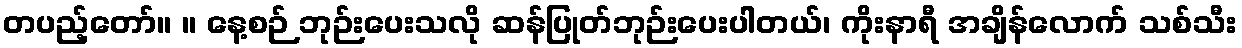
တပည့်တော်။ ။ နေ့စဉ် ဘုဉ်းပေးသလို ဆန်ပြုတ်ဘုဉ်းပေးပါတယ်၊ ကိုးနာရီ အချိန်လောက် သစ်သီး